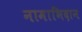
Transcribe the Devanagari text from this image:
नामाभिदान